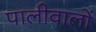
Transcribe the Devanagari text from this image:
पालीवालों